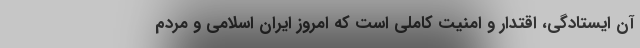
آن ایستادگی، اقتدار و امنیت کاملی است که امروز ایران اسلامی و مردم